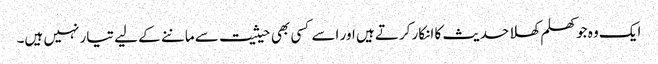
ایک وہ جو کھلم کھلا حدیث کا انکار کرتے ہیں اور اسے کسی بھی حیثیت سے ماننے کے لیے تیار نہیں ہیں۔